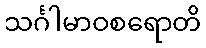
သင်္ဂါမာဝစရောတိ